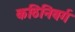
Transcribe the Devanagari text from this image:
कठिनिवर्ग